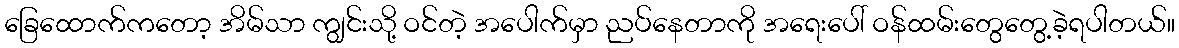
ခြေထောက်ကတော့ အိမ်သာ ကျွင်းသို့ ဝင်တဲ့ အပေါက်မှာ ညပ်နေတာကို အရေးပေါ် ဝန်ထမ်းတွေတွေ့ခဲ့ရပါတယ်။